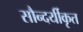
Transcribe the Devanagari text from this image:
सौन्दर्यीकृत